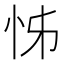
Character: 𭜖